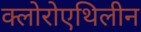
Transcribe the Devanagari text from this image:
क्लोरोएथिलीन